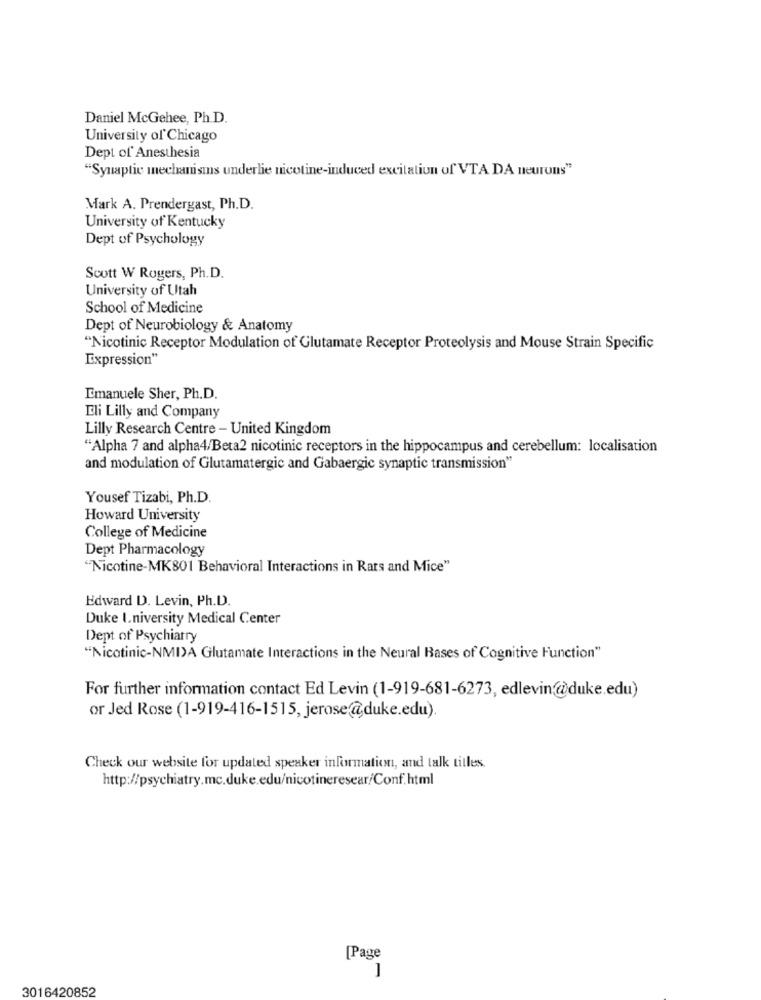
Daniel McGehee, Ph.D.
University of Chicago
Dept of Anesthesia
"Synaptic mechanisms underlie nicotine-induced excitation of VTA DA neurons"
Mark A. Prendergast, Ph.D.
University of Kentucky
Dept of Psychology
Scott W Rogers, Ph.D.
University of Utah
School of Medicine
Dept of Neurobiology & Anatomy
"Nicotinic Receptor Modulation of Glutamate Receptor Proteolysis and Mouse Strain Specific
Expression"
Emanuele Sher, Ph.D.
Eli Lilly and Company
Lilly Research Centre - United Kingdom
"Alpha 7 and alpha4/Beta2 nicotinic receptors in the hippocampus and cerebellum: localisation
and modulation of Glutamatergic and Gabaergic synaptic transmission"
Yousef Tizabi, Ph.D.
Howard University
College of Medicine
Dept Pharmacology
"Nicotine-MK801 Behavioral Interactions in Rats and Mice"
Edward D. Levin, Ph.D.
Duke I.niversity Medical Center
Dept of Psychiatry
"Nicotinic-NMI)A Glutamate Interactions in the Neural Bases of Cognitive Function"
For further information contact Ed Levin (1-919-681-6273, edlevin@duke.edu)
or Jed Rose (1-919-416-1515, jerose@duke.edu).
Check our website for updated speaker information, and talk titles.
http://psychiatry.mc.duke.edu/nicotineresear/Conf.html
[Page
3016420852